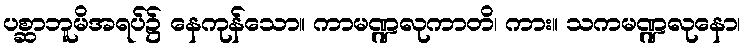
ပစ္ဆာဘူမိအရပ်၌ နေကုန်သော။ ကာမဏ္ဍလုကာတိ၊ ကား။ သကမဏ္ဍလုနော၊